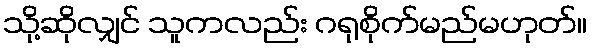
သို့ဆိုလျှင် သူကလည်း ဂရုစိုက်မည်မဟုတ်။